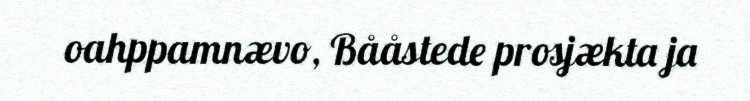
oahppamnævo, Bååstede prosjækta ja